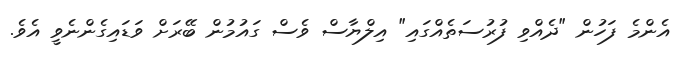
އެންމެ ފަހުން "ދެއްވި ފުރުސަތެއްގައި" އިލްޔާސް ވެސް ގައުމުން ބޭރަށް ވަޑައިގެންނެވީ އެވެ.